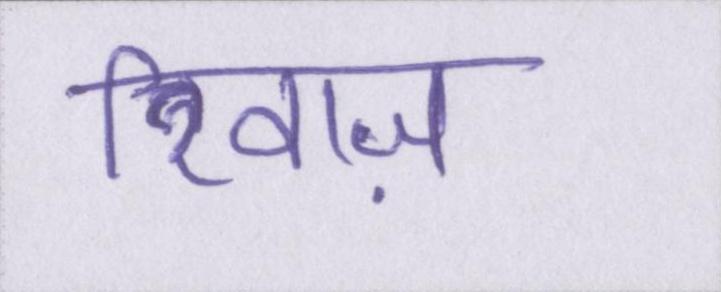
रिवाज़